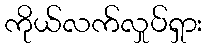
ကိုယ်လက်လှုပ်ရှား